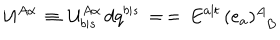
{ \cal U } ^ { A \alpha } \, \equiv \, { \cal U } _ { b \vert s } ^ { A \alpha } \, d q ^ { b \vert s } \, = \, = \, E ^ { a \vert t } \, ( e _ { a } ) _ { \phantom { A } B } ^ { A }